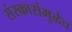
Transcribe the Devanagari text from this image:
संस्कारांमुळेच